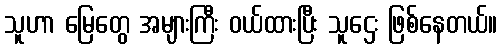
သူဟာ မြေတွေ အများကြီး ဝယ်ထားပြီး သူဌေး ဖြစ်နေတယ်။